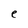
Character: e